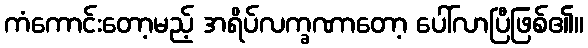
ကံကောင်းတော့မည့် အရိပ်လက္ခဏာတော့ ပေါ်လာပြီဖြစ်၏။